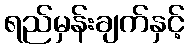
ရည်မှန်းချက်နှင့်